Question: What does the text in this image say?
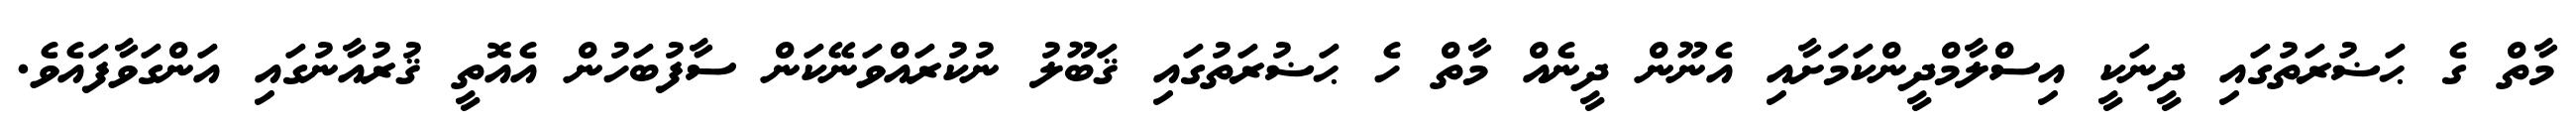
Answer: މާތް ގެ ޙަޟުރަތުގައި ދީނަކީ އިސްލާމްދީންކަމަށާއި އެނޫން ދީނެއް މާތް ހެ ޙަޟުރަތުގައި ޤަބޫލު ނުކުރައްވަނޭކަން ސާފުބަހުން އެއޮތީ ޤުރުއާނުގައި އަންގަވާފައެވެ.